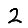
Digit: 2